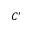
C ^ { \prime }